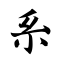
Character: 系